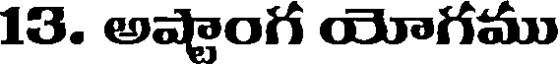
13. అష్టాంగ యోగము